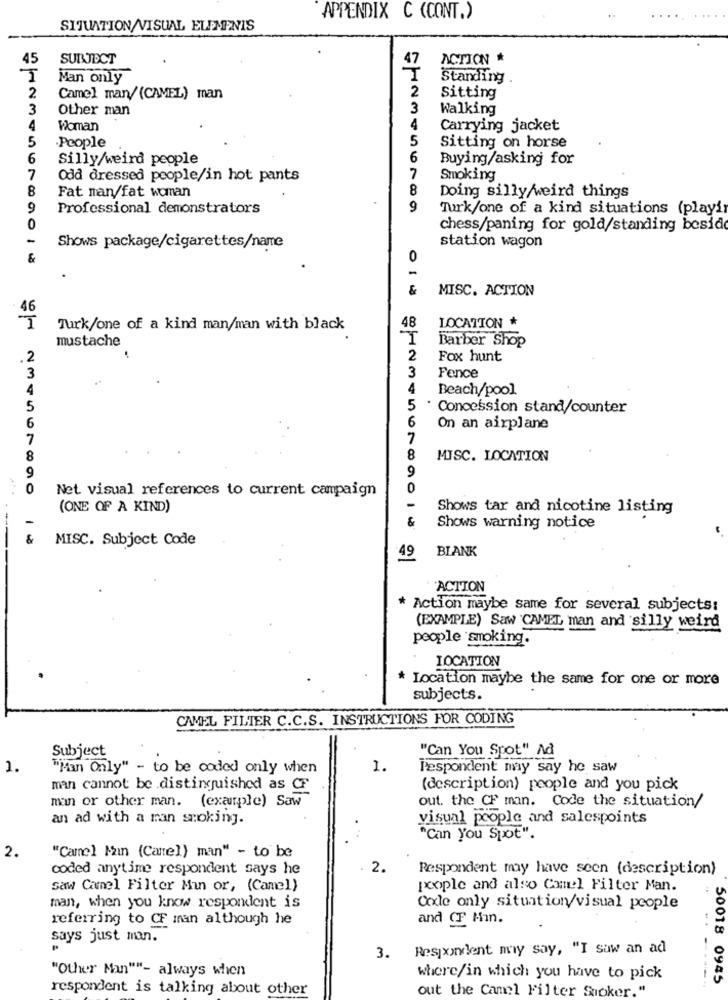
APPENDIX C (CONT.)
SITUATION/VISUAL ELEMENIS
SUBJECT
ACTION
45
47
Man only
Standing
2
Camel man/ (CAMEL) man
2
Sitting
3
Other man
3
Walking
4
Woman
4
Carrying jacket
5
·People
5
Sitting on horse
6
Silly/weird people
6
Buying/asking for
7
Odd dressed people/in hot pants
Smoking
8
8
Doing silly/weird things
Fat man/fat woman
9
Professional demonstrators
9
Turk/one of a kind situations (playir
0
chess/paning for gold/standing beside
Shows package/cigarettes/name
station wagon
&
0
&
MISC. ACTION
LOCATION *
I
Turk/one of a kind man/man with black
48
mustache
Barber Shop
.2
2
Fox hunt
3
3
Fence
4
Beach/pool
5
5
. Concession stand/counter
6
6
On an airplane
7
7
8
8
MISC. LOCATION
9
9
Net. visual references to current campaign
0
(ONE OF A KIND)
Shows tar and nicotine listing
&
Shows warning notice
&
MISC. Subject Code
BLANK
49
ACTION
Action maybe same for several subjects:
(EXAMPLE) Saw CAMEL man and silly weird
people smoking.
LOCATION
* Location maybe the same for one or more
subjects.
CAMEL FILTER C.C.S. INSTRUCTIONS FOR CODING
Subject
"Can You Spot" Ad
1.
"Man Only" - to be coded only when
1.
Respondent may say he saw
man cannot be distinguished as CF
(description) people and you pick
out. the CF man. Code the situation/
man or other man. (example) Saw
an ad with a man smoking.
visual people and salespoints
"Can You Spot".
2.
"Camel Main (Canel) man" - to be
coded anytime respondent says he
2.
Respondent may have seen (description)
saw Canel Filter Min or, (Camel)
poople and also Camel Filter Man.
man, when you know respondent is
Coxle only situation/visual people
referring to CF man although he
and CF Min.
says just man.
Respondent my say, "I saw an ad
3.
"Other Man""- always when
where/in which you have to pick
50018 0945
respondent is talking about other
out the Camel Filter Suoker."
.. .....